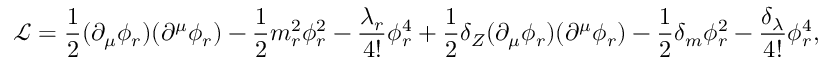
{ \mathcal { L } } = { \frac { 1 } { 2 } } ( \partial _ { \mu } \phi _ { r } ) ( \partial ^ { \mu } \phi _ { r } ) - { \frac { 1 } { 2 } } m _ { r } ^ { 2 } \phi _ { r } ^ { 2 } - { \frac { \lambda _ { r } } { 4 ! } } \phi _ { r } ^ { 4 } + { \frac { 1 } { 2 } } \delta _ { Z } ( \partial _ { \mu } \phi _ { r } ) ( \partial ^ { \mu } \phi _ { r } ) - { \frac { 1 } { 2 } } \delta _ { m } \phi _ { r } ^ { 2 } - { \frac { \delta _ { \lambda } } { 4 ! } } \phi _ { r } ^ { 4 } ,